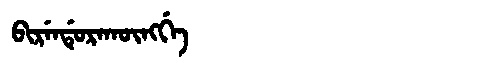
Manchu: ᠪᡳᡵᡝᠨᡩᡠᡵᠠᡴᡡᠩᡤᡝ
Romanization: BIRENDURAKŪNGGE